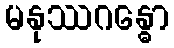
မနုဿဂန္ဓော